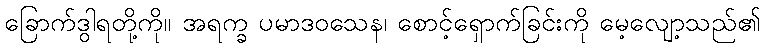
ခြောက်ဒွါရတို့ကို။ အရက္ခ ပမာဒဝသေန၊ စောင့်ရှောက်ခြင်းကို မေ့လျော့သည်၏